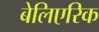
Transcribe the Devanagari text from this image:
बेलिएरिक